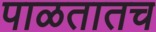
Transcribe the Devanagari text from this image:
पाळतातच